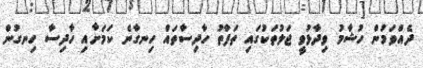
ދެއްވަމުން ހުޝާމު ވިދާޅުވީ ޖަލުތަކުގައި ތަފާތު ހާދިސާތައް ހިނގާނެ ކަމަށާއި ހާދިސާ ހިނގުން